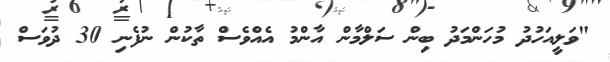
"ވަލީއަހުދު މުހަންމަދު ބިން ސަލްމާން އާންމު އެއްވެސް ތާކުން ނުފެނި 30 ދުވަސް